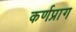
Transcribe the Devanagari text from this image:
कर्णप्राग